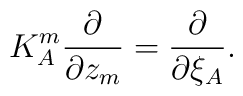
K^m_A \frac{\partial}{\partial z_m} = \frac{\partial}{\partial \xi_A}  .